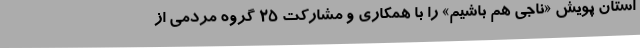
استان پویش «ناجی هم باشیم» را با همکاری و مشارکت 25 گروه مردمی از